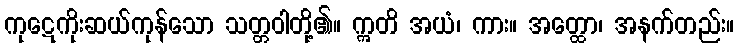
ကုဋေကိုးဆယ်ကုန်သော သတ္တဝါတို့၏။ ဣတိ အယံ၊ ကား။ အတ္ထော၊ အနက်တည်း။